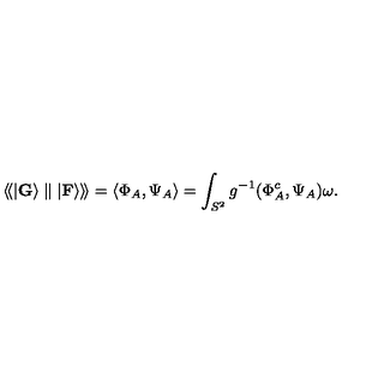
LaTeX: \langle \! \langle \vert { \bf G } \rangle \parallel \vert { \bf F } \rangle \rangle \! \rangle = \langle \Phi _ { A } , \Psi _ { A } \rangle = \int _ { S ^ { 2 } } g ^ { - 1 } ( \Phi _ { A } ^ { c } , \Psi _ { A } ) \omega .